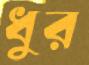
ধুর